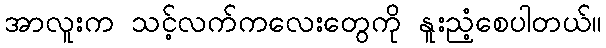
အာလူးက သင့်လက်ကလေးတွေကို နူးညံ့စေပါတယ်။